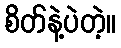
စိတ်နဲ့ပဲတဲ့။